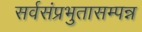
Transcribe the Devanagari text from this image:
सर्वसंप्रभुतासम्पन्न